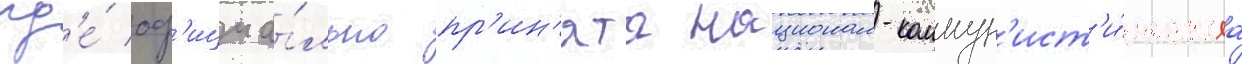
гд'е́ оф'ициа́льно пр'ин'ята национал-коммун'ист'и́ческаа